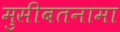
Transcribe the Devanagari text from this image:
मुसीबतनामा